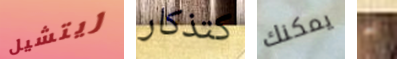
ريتشيل كتذكار يمكنك به